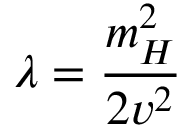
\lambda = { \frac { m _ { H } ^ { 2 } } { 2 v ^ { 2 } } }